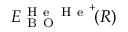
E _ { \mathrm { ~ B ~ O ~ } } ^ { \mathrm { ~ H ~ e ~ } \mathrm { ~ H ~ e ~ } ^ { + } } \! ( R )